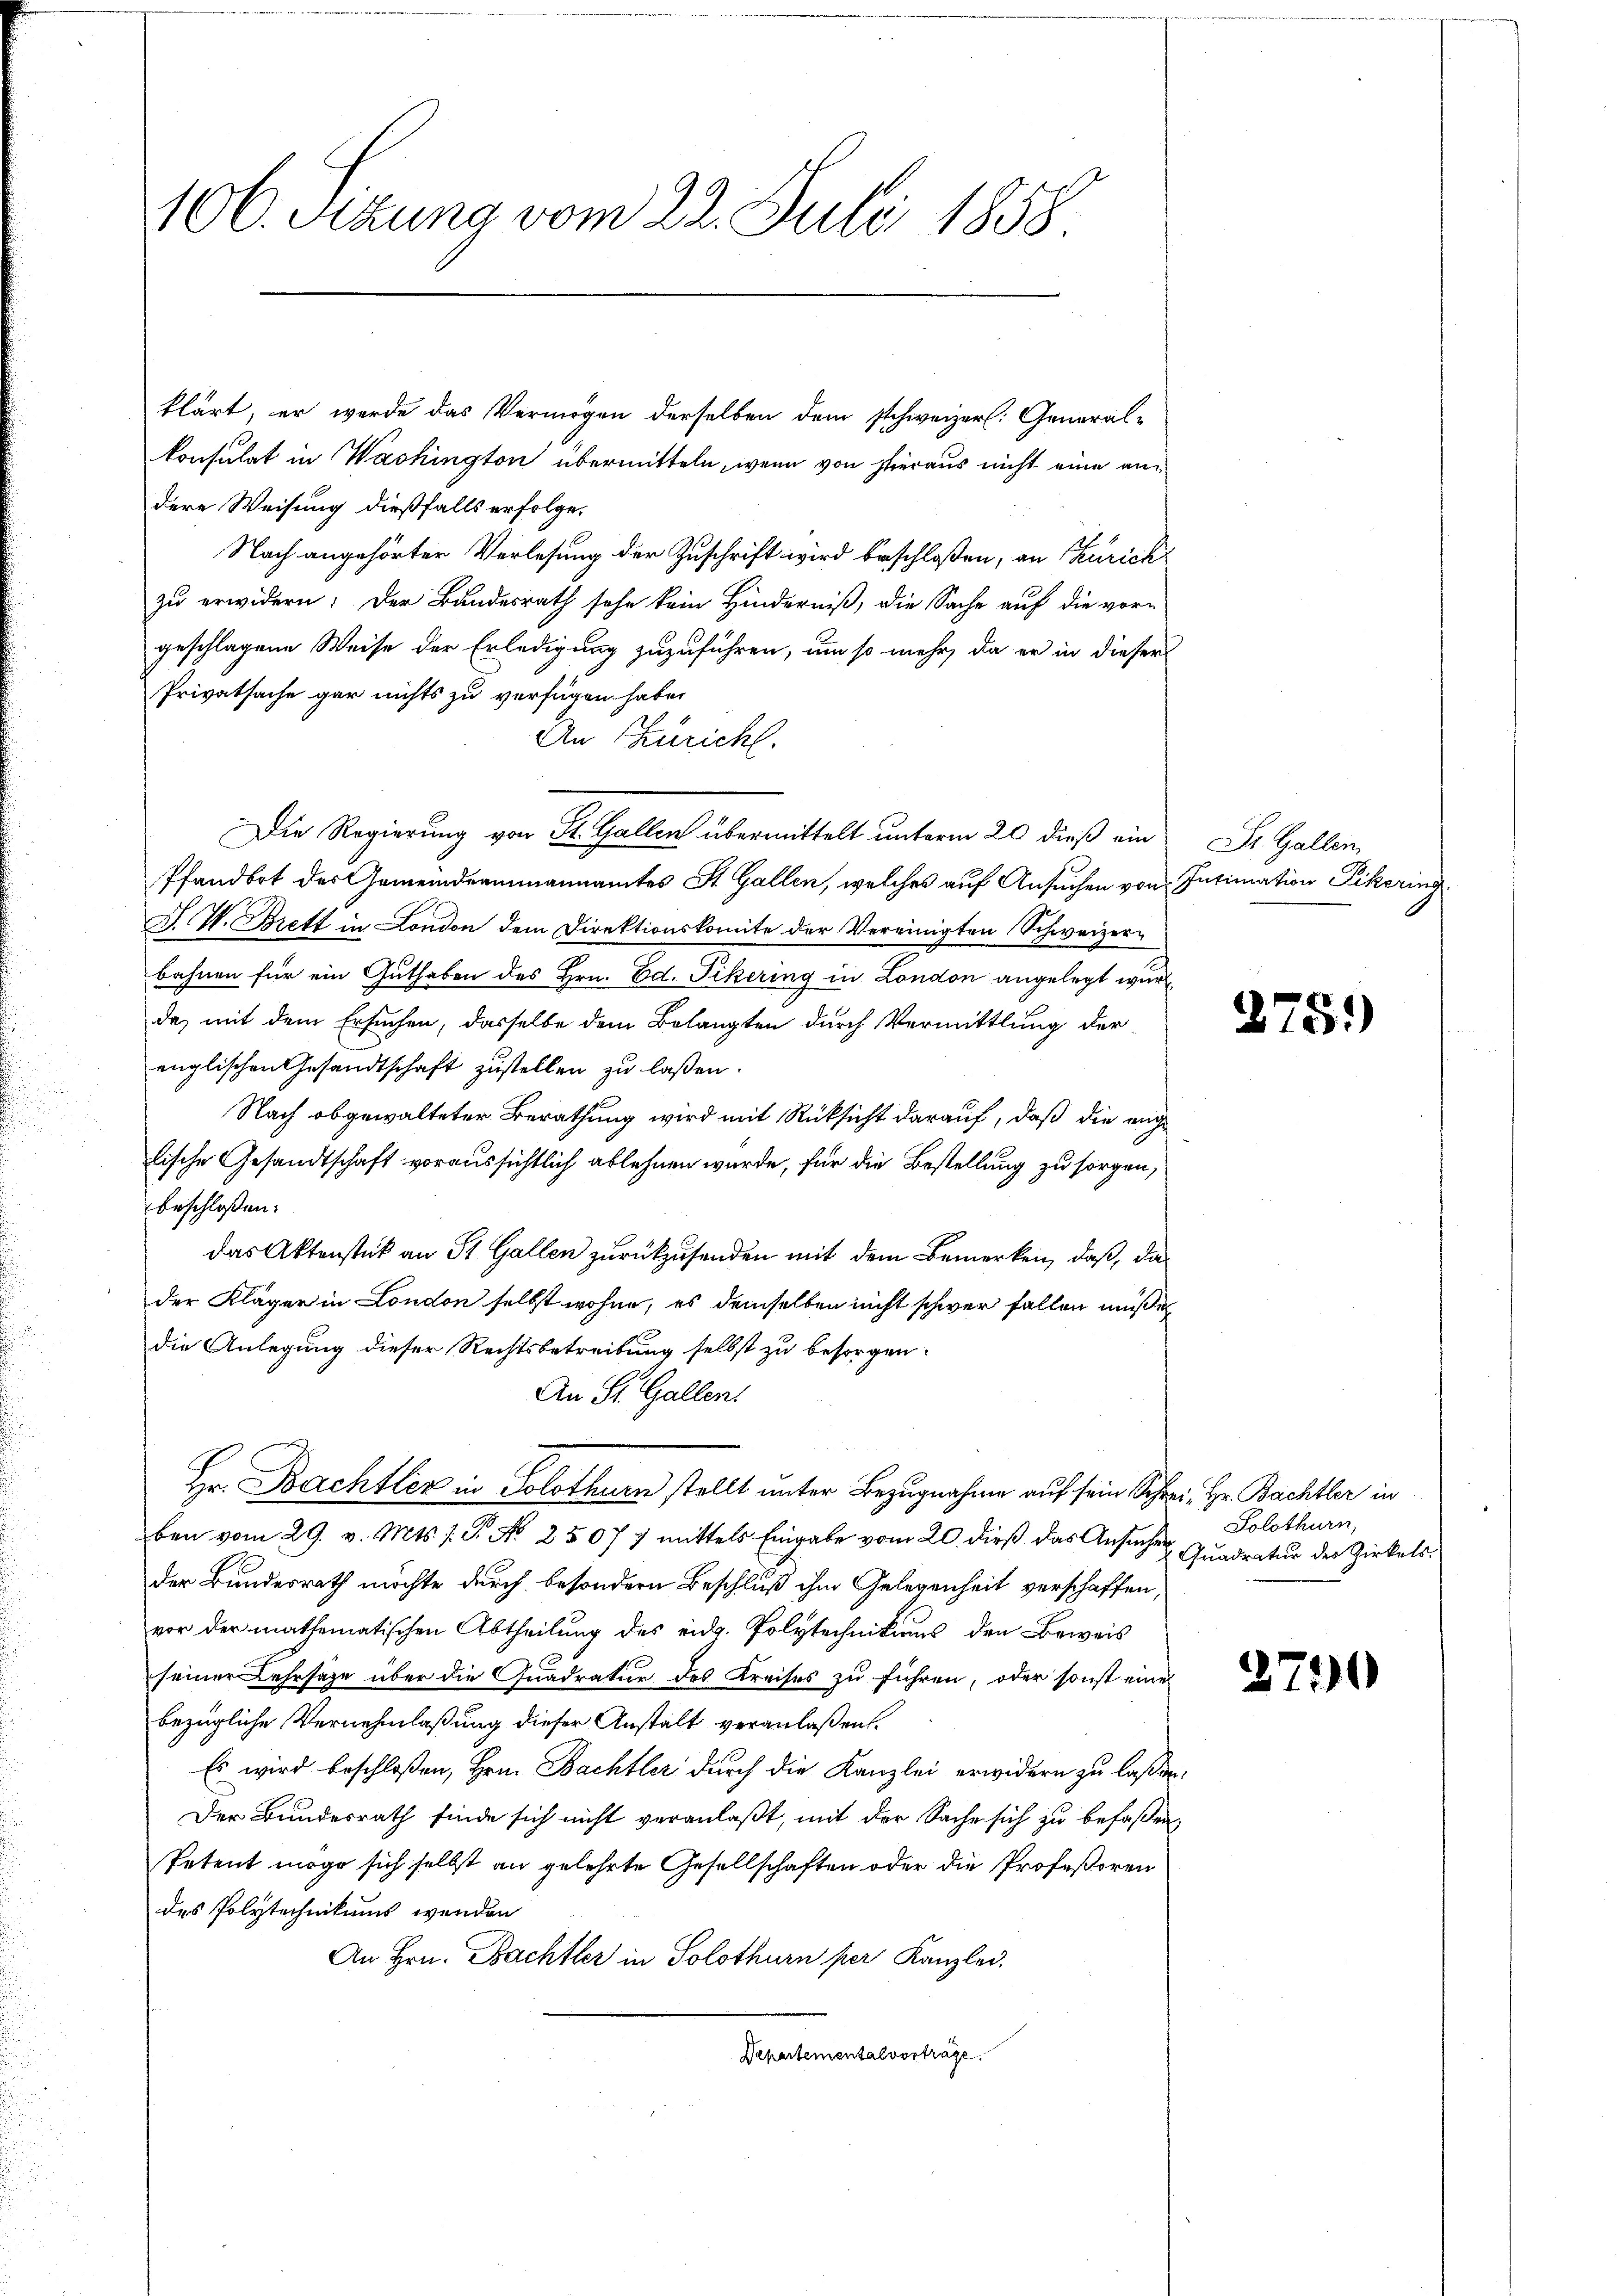
106. Sitzung vom 22. Juli 1858.

klärt, er werde das Vermögen derselben dem schweizer. General-
konsulat in Washington übermitteln, wenn von hieraus nicht eine andere Weisung dießfalls erfolge,
Nach angehörter Verlesung der Zuschrift wird beschloßen, an Zürich
zu erwidern: Der Bundesrath sehe kein Hinderniß, die Sache auf die vor-
geschlagene Weise der Erledigung zuzuführen, um so mehr, da er in dieser
Privatsache gar nichts zu verfügen habe.
An Züricht.
Pfandort der Gemeindeammannamtes St. Gallen, welches auf Ansuchen von Intimation Pikerin
F. W. Brett in London dem Direktionskomite der Vereinigten Schweizerbahnen für ein Guthaben des Hrn. Ed. Pikering in London angelegt wurd
de, mit dem Ersuchen, dasselbe dem Belangten durch Vermittlung der
englischen Gesandtschaft zustellen zu laßen.
Nach obgewalteter Berathung wird mit Rücksicht darauf, daß die auch
tische Gesandtschaft voraussichtlich ablehnen wurde, für die Bestellung zu sorgen,
beschloßen:
das Aktenstück an St. Gallen zurückzusenden mit dem Bemerken, daß, da
der Kläger in London selbst wohne, es demselben nicht schwer fallen müssig
die Anlegung dieser Rechtsbetreibung selbst zu besorgen.
An St. Gallen.
Hr. Bachtler in Solothur stellt unter Bezugnahme auf sein Schrei Hr. Bachtler in
ben vom 29. v. Mts. s. S. No 25077 mittels Eingabe vom 20. dieß das Ansuchen Solothurn,
der Bundesrath möchte durch besondern Beschluß ihm Gelegenheit verschaffen,
vor der mathematischen Abtheilung des eidg. Polytechnikums den Beweis
seiner Lehrsage über die Quadratur des Kreises zu führen, oder sonst eine
bezügliche Vernehmlaßung dieser Anstalt veranlaßen.
Es wird beschloßen, Hrn. Bachtler durch die Kanzlei erwidern zu laßen
Der Bundesrath finde sich nicht veranlaßt, mit der Sache sich zu befaßen,
Petent möge sich selbst an gelehrte Gesellschaften oder die Professoren
des Polytechnikums wenden
An Hrn. Bachtler in Solothurn per Kanzlei.
Departementalvorträge.

Die Regierung von St. Gallen übermittelt unterm 20 dieß ein

St. Gallen,

275)

Quadratur des Zirkels.

2790